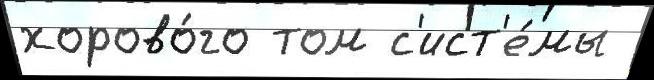
хорово́го том с'ист'е́мы